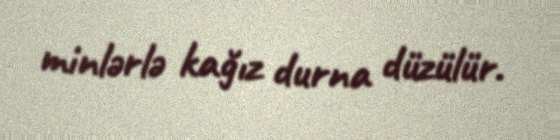
minlərlə kağız durna düzülür.